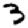
Digit: 3